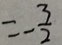
= - \frac { 3 } { 2 }